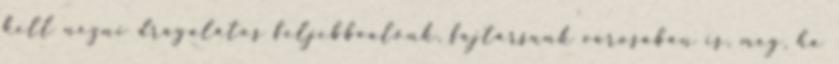
kell nézni drágalátos feljebbvalónk, fajtársunk városában is, még, ha